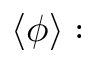
\langle \phi \rangle :